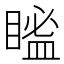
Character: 𥉓